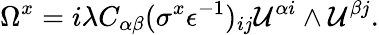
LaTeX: \Omega^{x}=i\lambda C_{\alpha\beta}(\sigma^{x}\epsilon^{-1})_{ij}{\cal U}^{\alpha i}\wedge{\cal U}^{\beta j}.